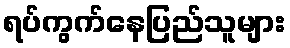
ရပ်ကွက်နေပြည်သူများ